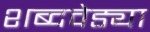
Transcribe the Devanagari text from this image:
शब्दवेड्या